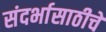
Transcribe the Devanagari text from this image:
संदर्भासाठीचे